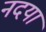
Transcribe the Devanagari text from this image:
नदया